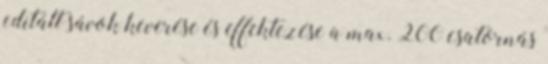
editált sávok keverése és effektezése a max. 200 csatornás